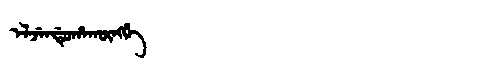
Manchu: ᡝᠯᠵᡝᠨᡩᡠᡥᠠᡴᡡᠩᡤᡝ
Romanization: ELJENDUHAKŪNGGE